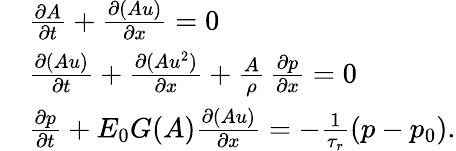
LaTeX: \begin{array}{rl}&{\frac{\partial A}{\partial t}+\frac{\partial(Au)}{\partial x}=0}\\ &{\frac{\partial(Au)}{\partial t}+\frac{\partial(Au^{2})}{\partial x}+\frac{A}{\rho}\, \frac{\partial p}{\partial x}=0}\\ &{\frac{\partial p}{\partial t}+E_{0}G(A)\frac{\partial(Au)}{\partial x}=-\frac{1}{\tau_{r}}\left(p-p_{0}\right).}\end{array}